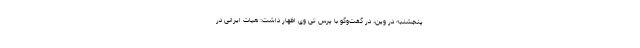
پنجشنبه در وین، در گفت‌وگو با پرس تی وی اظهار داشت: هیات ایرانی در